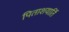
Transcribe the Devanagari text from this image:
पिताशयार्ति